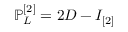
\mathbb { P } _ { L } ^ { [ 2 ] } = 2 D - I _ { [ 2 ] }